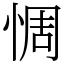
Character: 惆